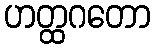
ဟတ္ထဂတော